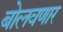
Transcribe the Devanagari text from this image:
बोलवणार